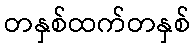
တနှစ်ထက်တနှစ်